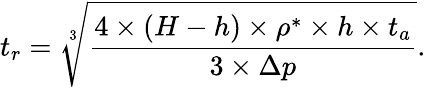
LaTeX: t_{r}=\sqrt[3]{\frac{4\times(H-h)\times\rho^{*}\times h\times t_{a}}{3\times\Delta p}}.